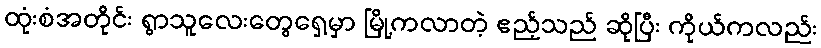
ထုံးစံအတိုင်း ရွာသူလေးတွေရှေ့မှာ မြို့ကလာတဲ့ ဧည့်သည် ဆိုပြီး ကိုယ်ကလည်း